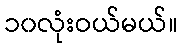
၁၀လုံးဝယ်မယ်။